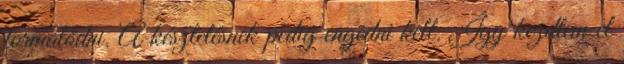
formálódni. A késztetésnek pedig engedni kell. Így kezdtem el